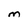
Character: M